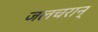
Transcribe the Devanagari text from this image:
जलचरान्